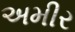
અમીર